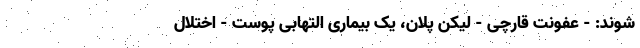
شوند: - عفونت قارچی - لیکن پلان، یک بیماری التهابی پوست - اختلال